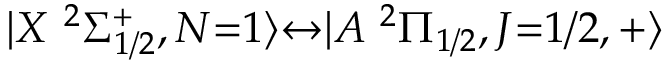
| X \ ^ { 2 } \Sigma _ { 1 / 2 } ^ { + } , N { = } 1 \rangle { \leftrightarrow } | A \ ^ { 2 } \Pi _ { 1 / 2 } , J { = } 1 / 2 , + \rangle